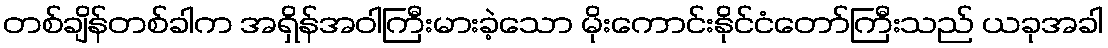
တစ်ချိန်တစ်ခါက အရှိန်အဝါကြီးမားခဲ့သော မိုးကောင်းနိုင်ငံတော်ကြီးသည် ယခုအခါ